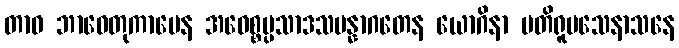
တာဝ ဘာဝေတုကာမေန အဝေစ္စပ္ပသာဒသမန္နာဂတေန ယောဂိနာ ပတိရူပသေနာသနေ